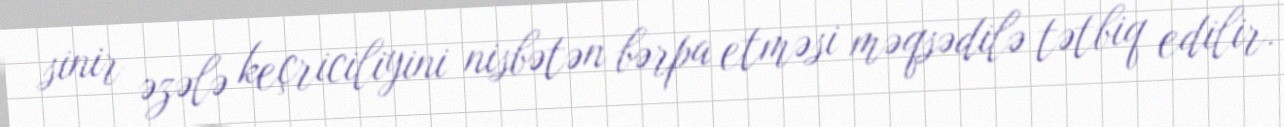
sinir əzələ keçriciliyini nisbətən bərpa etməsi məqsədilə tətbiq edilir.